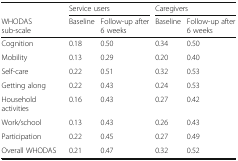
<table><thead><tr><td></td><td colspan="2"><b>Service users</b></td><td colspan="2"><b>Caregivers</b></td></tr><tr><td><b>WHODAS sub-scale</b></td><td><b>Baseline</b></td><td><b>Follow-up after 6 weeks</b></td><td><b>Baseline</b></td><td><b>Follow-up after 6 weeks</b></td></tr></thead><tbody><tr><td>Cognition</td><td>0.18</td><td>0.50</td><td>0.34</td><td>0.50</td></tr><tr><td>Mobility</td><td>0.13</td><td>0.29</td><td>0.20</td><td>0.40</td></tr><tr><td>Self-care</td><td>0.22</td><td>0.51</td><td>0.32</td><td>0.53</td></tr><tr><td>Getting along</td><td>0.22</td><td>0.43</td><td>0.24</td><td>0.53</td></tr><tr><td>Household activities</td><td>0.16</td><td>0.43</td><td>0.27</td><td>0.42</td></tr><tr><td>Work/school</td><td>0.13</td><td>0.43</td><td>0.26</td><td>0.43</td></tr><tr><td>Participation</td><td>0.22</td><td>0.45</td><td>0.27</td><td>0.49</td></tr><tr><td>Overall WHODAS</td><td>0.21</td><td>0.47</td><td>0.32</td><td>0.52</td></tr></tbody></table>